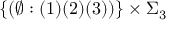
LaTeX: \{ ( \emptyset : ( 1 ) ( 2 ) ( 3 ) ) \} \times \Sigma _ { 3 }